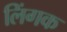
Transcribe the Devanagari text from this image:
लिंगक